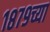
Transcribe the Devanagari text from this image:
१८७९च्या